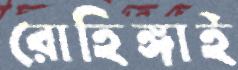
রোহিঙ্গাই